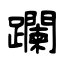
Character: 躝